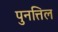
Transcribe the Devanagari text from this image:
पुनत्तिल